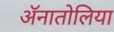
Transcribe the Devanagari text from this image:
ॲनातोलिया